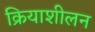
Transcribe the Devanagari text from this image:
क्रियाशीलन